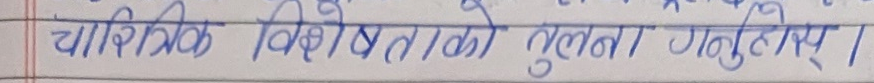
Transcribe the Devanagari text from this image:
चारित्रिक विशेषताको तुलना गर्नुहोस् ।